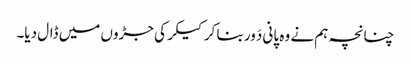
چنانچہ ہم نے وہ پانی دَور بنا کر کیکر کی جڑوں میں ڈال دیا۔